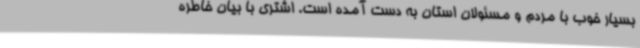
بسیار خوب با مردم و مسئولان استان به دست آمده است. اشتری با بیان خاطره